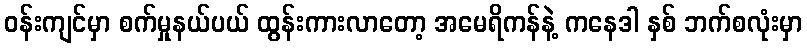
ဝန်းကျင်မှာ စက်မှုနယ်ပယ် ထွန်းကားလာတော့ အမေရိကန်နဲ့ ကနေဒါ နှစ် ဘက်စလုံးမှာ